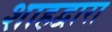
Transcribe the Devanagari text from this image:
शाहद्वारा